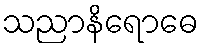
သညာနိရောဓေ